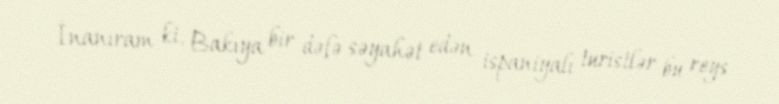
İnanıram ki, Bakıya bir dəfə səyahət edən ispaniyalı turistlər bu reys